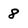
Character: 8